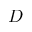
D